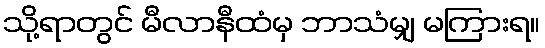
သို့ရာတွင် မီလာနီထံမှ ဘာသံမျှ မကြားရ။